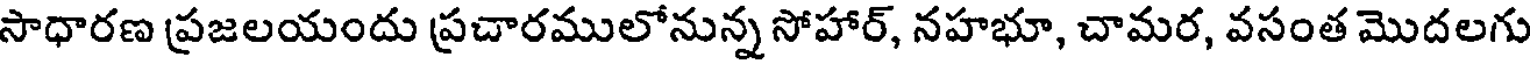
సాధారణ ప్రజలయందు ప్రచారములోనున్న సోహార్, నహభూ, చామర, వసంత మొదలగు